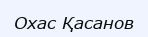
Охас Қасанов